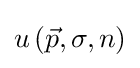
u\left({\vec {p}},\sigma ,n\right)